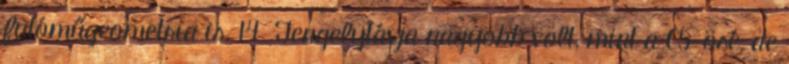
futóműgeometria is. 14 Tengelytávja nagyobb volt, mint a C5-ösé, de